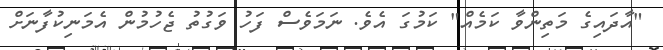
"އާދައިގެ މަަތިންވާ ކަމެއް" ކަމުގަ އެވެ. ނަމަވެސް ފަހު ވަގުތު ޖެހުމުން އެމަނިކުފާނަށް